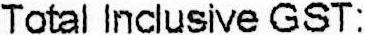
TOTAL INCLUSIVE GST: